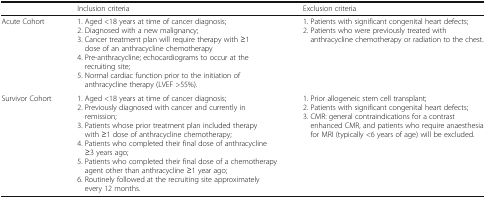
|  | Inclusion criteria | Exclusion criteria |
 | --- | --- | --- |
 | Acute Cohort | 1. Aged <18 years at time of cancer diagnosis;2. Diagnosed with a new malignancy;3. Cancer treatment plan will require therapy with ≥1 dose of an anthracycline chemotherapy4. Pre-anthracycline; echocardiograms to occur at the recruiting site;5. Normal cardiac function prior to the initiation of anthracycline therapy (LVEF >55%). | 1. Patients with significant congenital heart defects;2. Patients who were previously treated with anthracycline chemotherapy or radiation to the chest. |
 | Survivor Cohort | 1. Aged <18 years at time of cancer diagnosis;2. Previously diagnosed with cancer and currently in remission;3. Patients whose prior treatment plan included therapy with ≥1 dose of anthracycline chemotherapy;4. Patients who completed their final dose of anthracycline ≥3 years ago;5. Patients who completed their final dose of a chemotherapy agent other than anthracycline ≥1 year ago;6. Routinely followed at the recruiting site approximately every 12 months. | 1. Prior allogeneic stem cell transplant;2. Patients with significant congenital heart defects;3. CMR: general contraindications for a contrast enhanced CMR, and patients who require anaesthesia for MRI (typically <6 years of age) will be excluded. |